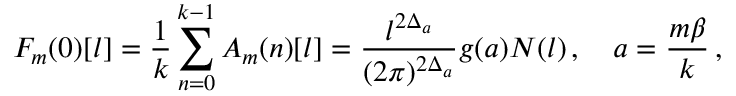
F _ { m } ( 0 ) [ l ] = \frac { 1 } { k } \sum _ { n = 0 } ^ { k - 1 } A _ { m } ( n ) [ l ] = \frac { l ^ { 2 \Delta _ { a } } } { ( 2 \pi ) ^ { 2 \Delta _ { a } } } g ( a ) N ( l ) \, , \quad a = \frac { m \beta } { k } \, ,